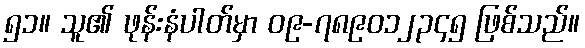
၅၁။ သူ၏ ဖုန်းနံပါတ်မှာ ၀၉-၇၈၉၀၁၂၃၄၅ ဖြစ်သည်။